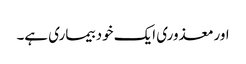
اورمعذوری ایک خود بیماری ہے۔